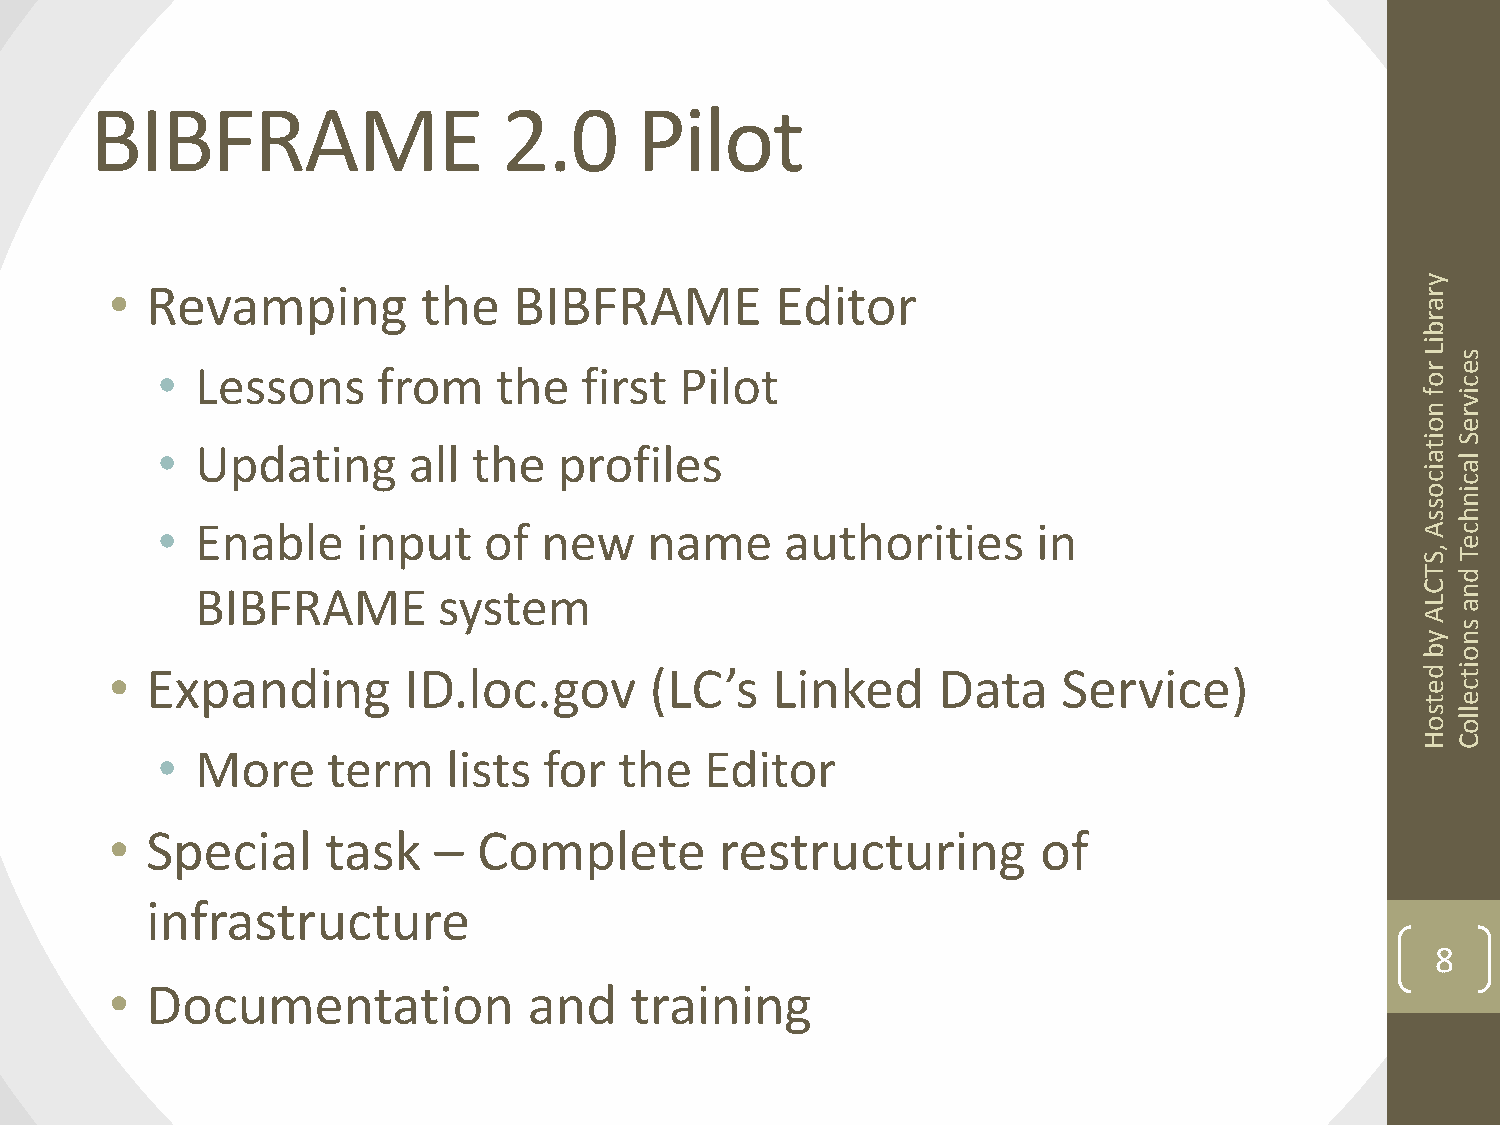
BIBFRAME                   2.0      Pilot
 •  Revamping         the   BIBFRAME         Editor                                     y r
 a
 r
 b
 i
 •  Lessons     from    the  first  Pilot
 L rs
 e
 oc
 fi
 v
 nr
 oe
 iS
 •  Updating      all the   profiles                                                 t
 a l
 ia
 cc
 oi
 sn
 sh
 •  Enable     input   of  new    name     authorities      in                       Ac
 e
 , ST
 T d
 BIBFRAME        system                                                           Cn
 La
 A
 s
 yn
 bo
 •  Expanding        ID.loc.gov      (LC’s   Linked     Data    Service)                di t
 ec
 te
 sl
 ol
 o
 HC
 •  More     term    lists for  the   Editor
 •  Special     task   –  Complete        restructuring        of
 infrastructure
 8
 •  Documentation            and    training